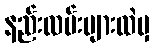
နည်းလမ်းများထဲမှ